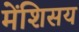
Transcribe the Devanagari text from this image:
मेंशिसय